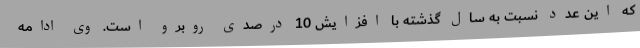
که این عدد نسبت به سال گذشته با افزایش 10 درصدی روبرو است. وی ادامه